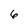
Character: 6